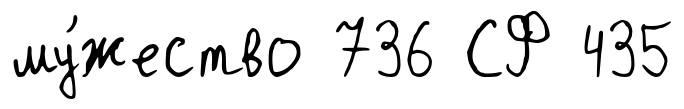
му́жество 736 СФ 435